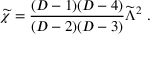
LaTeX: { \widetilde \chi } = { \frac { ( D - 1 ) ( D - 4 ) } { ( D - 2 ) ( D - 3 ) } } { \widetilde \Lambda } ^ { 2 } ~ .